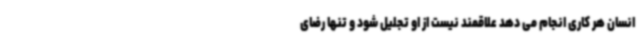
انسان هر کاری انجام می دهد علاقمند نیست از او تجلیل شود و تنها رضای